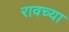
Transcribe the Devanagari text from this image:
रावच्या